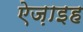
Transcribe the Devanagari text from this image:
ऐज़ाइह